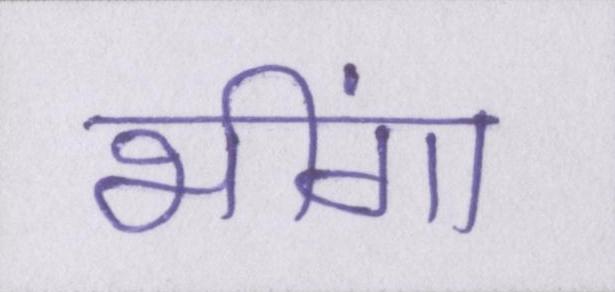
भींगा